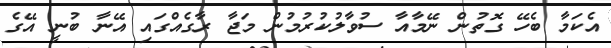
އެކަމާ ބެހޭ ގޮތުން ނޭމާއާ ސުވާލުކުރުމުން މަޖާ ރާގެއްގައި އޭނާ ބުނީ އޭގެ